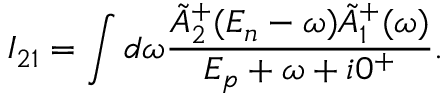
I _ { 2 1 } = \int d \omega \frac { \tilde { A } _ { 2 } ^ { + } ( E _ { n } - \omega ) \tilde { A } _ { 1 } ^ { + } ( \omega ) } { E _ { p } + \omega + i 0 ^ { + } } .